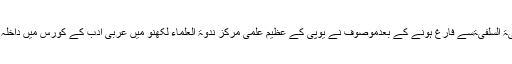
الکلیۃ السلفیۃسے فارغ ہونے کے بعدموصوف نے یوپی کے عظیم علمی مرکز ندوۃ العلماء لکھنو میں عربی ادب کے کورس میں داخلہ لیا ۔